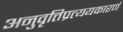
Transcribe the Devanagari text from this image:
अनुवृत्तिप्रत्ययकारणं